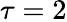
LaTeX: \tau=2